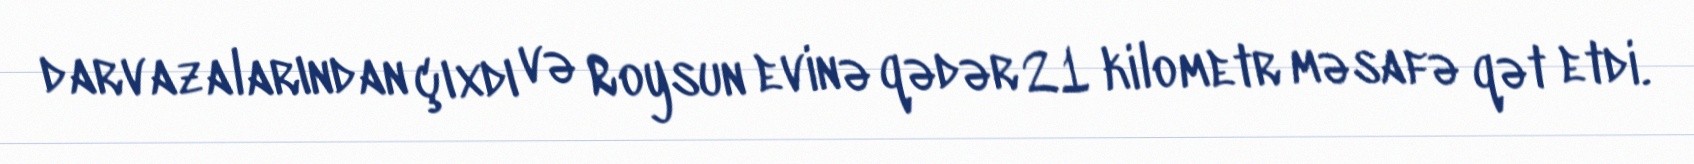
darvazalarından çıxdı və Roysun evinə qədər 21 kilometr məsafə qət etdi.